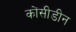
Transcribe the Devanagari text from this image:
कोंसीडीन